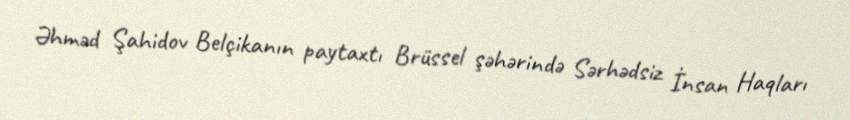
Əhməd Şahidov Belçikanın paytaxtı Brüssel şəhərində Sərhədsiz İnsan Haqları